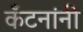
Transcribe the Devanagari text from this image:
कँटनांनी